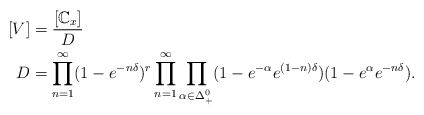
\begin{align*}[V] &= \frac{[\mathbb C_x]}{D} \\D &= \prod_{n=1}^\infty (1- e^{-n\delta})^{r} \prod_{n=1}^\infty \prod_{\alpha \in \Delta_+^0} (1-e^{-\alpha} e^{(1-n)\delta}) (1- e^{\alpha} e^{-n\delta}). \end{align*}